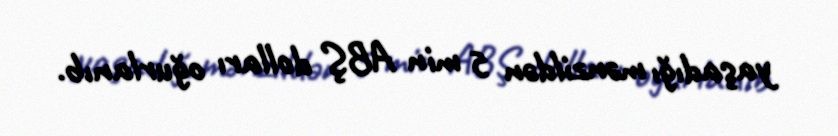
yaşadığı mənzildən 5 min ABŞ dolları oğurlanıb.